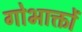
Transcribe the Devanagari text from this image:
गोभाक्तों